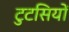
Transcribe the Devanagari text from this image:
टुटसियों